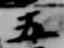
五